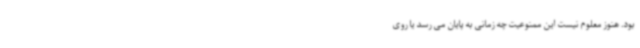
بود. هنوز معلوم نیست این ممنوعیت چه زمانی به پایان می رسد یا روی